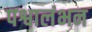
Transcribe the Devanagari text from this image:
पश्वालंभन